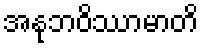
အနုဘဝိဿာမာတိ